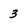
Character: 3